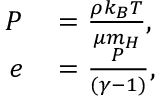
\begin{array} { r l } { P } & { { } = \frac { \rho k _ { B } T } { \mu m _ { H } } , } \\ { e } & { { } = \frac { P } { ( \gamma - 1 ) } , } \end{array}